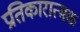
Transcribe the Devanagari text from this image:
प्रतिकारात्मक